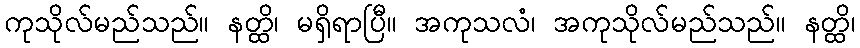
ကုသိုလ်မည်သည်။ နတ္ထိ၊ မရှိရာပြီ။ အကုသလံ၊ အကုသိုလ်မည်သည်။ နတ္ထိ၊